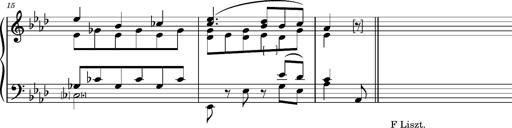
Title: KlavierstÃ¼ck in As-dur No.2 (S.189a/1)
Composer: Franz Liszt
Key: A